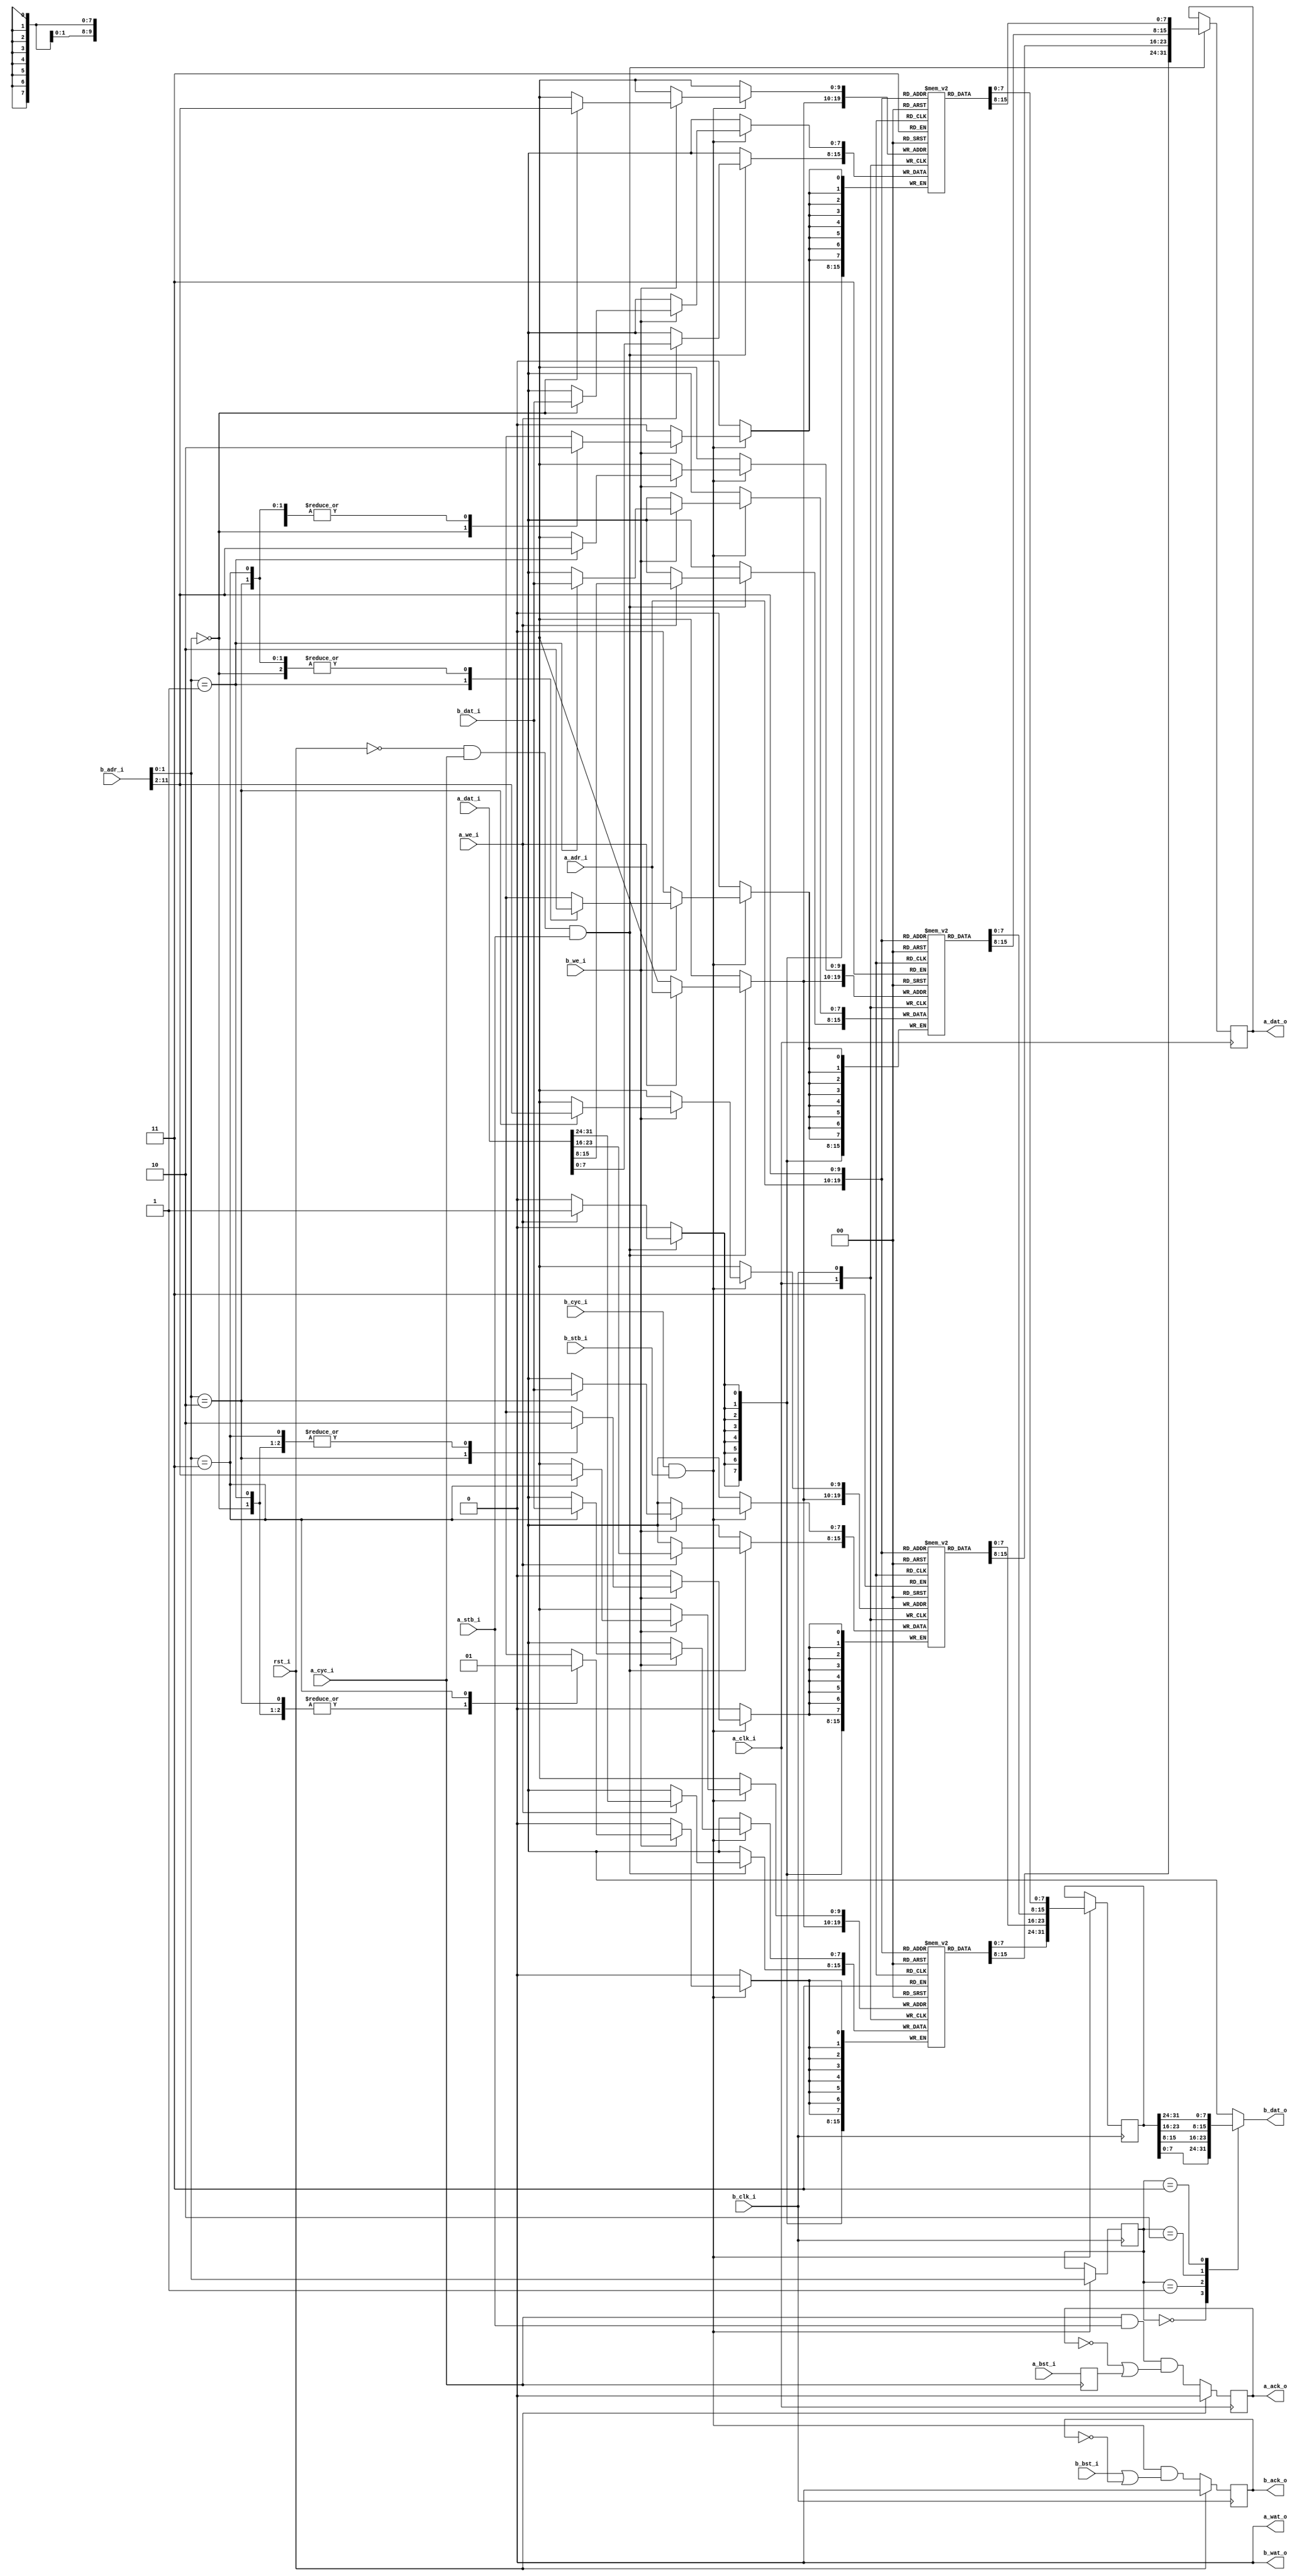
`timescale 1ns/100ps
/*
 * 
 * Dual-port SRAM with both 32-bit, and 8-bit ports.
 * 
 * NOTE:
 *  + doesn't support "classic" Wishbone cycles, but does support pipelined
 *    transactions;
 *  + supports burst transfers -- these are indicated by `bst_i` being
 *    asserted at the beginning of a transaction, and deasserted one cycle
 *    before the final (pipelined) `ack_o`;
 * 
 * FIXME:
 *  + `bst_i` doesn't work?
 * 
 * TODO:
 *  + how does this currently synthesise? Use RAMBxx primitives?
 * 
 */

// Uncomment this, or set `-D__WB_SRAM_CLASSIC`, if classic (two-cycle) bus
// transactions are desired:
// `define __WB_SRAM_CLASSIC
`undef __WB_SRAM_CLASSIC

module wb_sram_dual_port
  #(parameter SBITS = 10,
    parameter SIZE  = 1 << SBITS,
    parameter ASB   = SBITS-1,
    parameter BSB   = SBITS+1,
    parameter DELAY = 3)
   (
    input             rst_i,

    // 32-bit Wishbone-like bus interface:
    input             a_clk_i, // bus clock A
    input             a_cyc_i,
    input             a_stb_i,
    input             a_we_i,
    input             a_bst_i, // Bulk Sequential Transfer?
    output reg        a_ack_o = 0,
    output reg        a_wat_o = 0,
    input [ASB:0]     a_adr_i,
    input [31:0]      a_dat_i,
    output reg [31:0] a_dat_o,

    // 8-bit Wishbone-like bus interface:
    input             b_clk_i, // bus clock B
    input             b_cyc_i,
    input             b_stb_i,
    input             b_we_i,
    input             b_bst_i, // Bulk Sequential Transfer?
    output reg        b_ack_o = 0,
    output reg        b_wat_o = 0,
    input [BSB:0]     b_adr_i,
    input [7:0]       b_dat_i,
    output reg [7:0]  b_dat_o
    );


   //-------------------------------------------------------------------------
   //  Dual-port SRAM's, with different widths for each port.
   //-------------------------------------------------------------------------
   reg [7:0]           sram0 [0:SIZE-1];
   reg [7:0]           sram1 [0:SIZE-1];
   reg [7:0]           sram2 [0:SIZE-1];
   reg [7:0]           sram3 [0:SIZE-1];

   integer             i;
   initial begin : SRAM_INIT
      for (i = 0; i < SIZE; i = i+1) begin
        sram0[i] <= 0;
        sram1[i] <= 0;
        sram2[i] <= 0;
        sram3[i] <= 0;
      end
   end


   //-------------------------------------------------------------------------
   //  Port A Wishbone-like bus interface.
   //-------------------------------------------------------------------------
`ifdef __WB_SRAM_CLASSIC
   wire a_ack_cls = a_cyc_i && a_stb_i && !a_ack_o;
   wire a_wat_cls = a_cyc_i && a_stb_i && a_bst_i && !a_ack_o;
`else
   reg  a_bst_dly = 0;
   wire a_wat_bst = 1'b0;
   wire a_ack_bst = a_cyc_i && a_stb_i && (!a_ack_o || a_bst_dly);

   always @(posedge a_cyc_i)
     a_bst_dly <= #DELAY a_bst_i;
`endif

   always @(posedge a_clk_i)
     if (rst_i) {a_wat_o, a_ack_o} <= #DELAY 2'b0;
`ifdef __WB_SRAM_CLASSIC
     else       {a_wat_o, a_ack_o} <= #DELAY {a_wat_cls, a_ack_cls};
`else
     else       {a_wat_o, a_ack_o} <= #DELAY {a_wat_bst, a_ack_bst};
`endif

   // SRAM reads & writes.
   always @(posedge a_clk_i)
     if (!rst_i && a_cyc_i && a_stb_i) begin
        a_dat_o <= #DELAY {sram3[a_adr_i], sram2[a_adr_i], sram1[a_adr_i], sram0[a_adr_i]};
        if (a_we_i)
          {sram3[a_adr_i], sram2[a_adr_i], sram1[a_adr_i], sram0[a_adr_i]} <= #DELAY a_dat_i;
     end


   //-------------------------------------------------------------------------
   //  Port B Wishbone-like bus interface.
   //-------------------------------------------------------------------------
   wire [ASB:0] b_adr = b_adr_i[BSB:2];

`ifdef __WB_SRAM_CLASSIC
   wire b_ack_cls = b_cyc_i && b_stb_i && !b_ack_o;
   wire b_wat_cls = b_cyc_i && b_stb_i && b_bst_i && !b_ack_o;
`else
   wire b_wat_bst = 1'b0;
   wire b_ack_bst = b_cyc_i && b_stb_i && (b_bst_i || !b_ack_o);
`endif

   always @(posedge b_clk_i)
     if (rst_i) {b_wat_o, b_ack_o} <= #DELAY 2'b0;
`ifdef __WB_SRAM_CLASSIC
     else       {b_wat_o, b_ack_o} <= #DELAY {b_wat_cls, b_ack_cls};
`else
     else       {b_wat_o, b_ack_o} <= #DELAY {b_wat_bst, b_ack_bst};
`endif

   //-------------------------------------------------------------------------
   //  SRAM reads & writes.
   reg [1:0]    m_reg = 0;
   reg [31:0]   d_reg;

   always @*
     case (m_reg)
       0: b_dat_o <= d_reg[ 7: 0];
       1: b_dat_o <= d_reg[15: 8];
       2: b_dat_o <= d_reg[23:16];
       3: b_dat_o <= d_reg[31:24];
     endcase // case (m_reg)

   always @(posedge b_clk_i)
     if (b_cyc_i && b_stb_i) begin
        m_reg <= #DELAY b_adr_i[1:0];
        d_reg <= #DELAY {sram3[b_adr], sram2[b_adr], sram1[b_adr], sram0[b_adr]};
        if (b_we_i)
          case (b_adr_i[1:0])
            0: sram0[b_adr] <= #DELAY b_dat_i;
            1: sram1[b_adr] <= #DELAY b_dat_i;
            2: sram2[b_adr] <= #DELAY b_dat_i;
            3: sram3[b_adr] <= #DELAY b_dat_i;
          endcase // case (adr_i[1:0])
     end

   /*
   always @(posedge b_clk_i)
     if (!rst_i && b_cyc_i && b_stb_i) begin
        case (b_adr_i[1:0])
          0: b_dat_o <= #DELAY sram0[b_adr];
          1: b_dat_o <= #DELAY sram1[b_adr];
          2: b_dat_o <= #DELAY sram2[b_adr];
          3: b_dat_o <= #DELAY sram3[b_adr];
        endcase // case (adr_i[1:0])
        if (b_we_i)
          case (b_adr_i[1:0])
            0: sram0[b_adr] <= #DELAY b_dat_i;
            1: sram1[b_adr] <= #DELAY b_dat_i;
            2: sram2[b_adr] <= #DELAY b_dat_i;
            3: sram3[b_adr] <= #DELAY b_dat_i;
          endcase // case (adr_i[1:0])
     end
    */


endmodule // wb_sram_dual_port